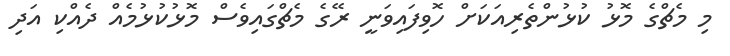
މި މެޗްގެ މޮޅު ކުޅުންތެރިއަކަށް ހޮވިފައިވަނީ ރޭގެ މެޗްގައިވެސް މޮޅުކުޅުމެއް ދެއްކި އަދި